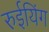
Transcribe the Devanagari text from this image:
रुईयिंग